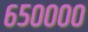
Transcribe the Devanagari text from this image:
६५००००